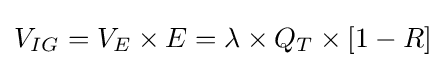
V_{IG}=V_{E}\times E=\lambda \times Q_{T}\times [1-R]